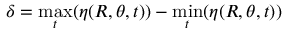
\delta = \operatorname* { m a x } _ { t } ( \eta ( R , \theta , t ) ) - \operatorname* { m i n } _ { t } ( \eta ( R , \theta , t ) )